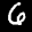
Label: 6